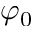
\varphi _ { 0 }